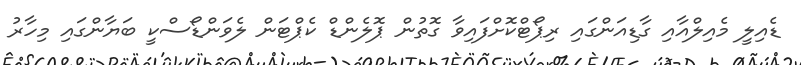
ޑެއިލީ މެއިލްއާއި ގާޑިއަންގައި ރިޕޯޓްކޮށްފައިވާ ގޮތުން ޕޮލެންޑް ކެޕްޓަން ލެވަންޑޯސްކީ ބަޔާންގައި މިހާރު